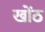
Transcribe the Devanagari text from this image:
खोंठ